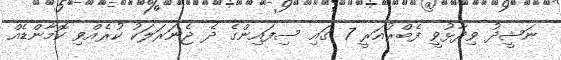
ނަޝީދު ވިދާޅުވީ ފެބްރުއަރީ 7 ގައި ސިފައިންގެ ދެ ޖެނަރަލަކު ކުރެއްވި ކޮމާންޑެއް